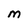
Character: M